Civil Veterinary Dept. Assam report 1927-50 - 1927-1950
Year: 1927
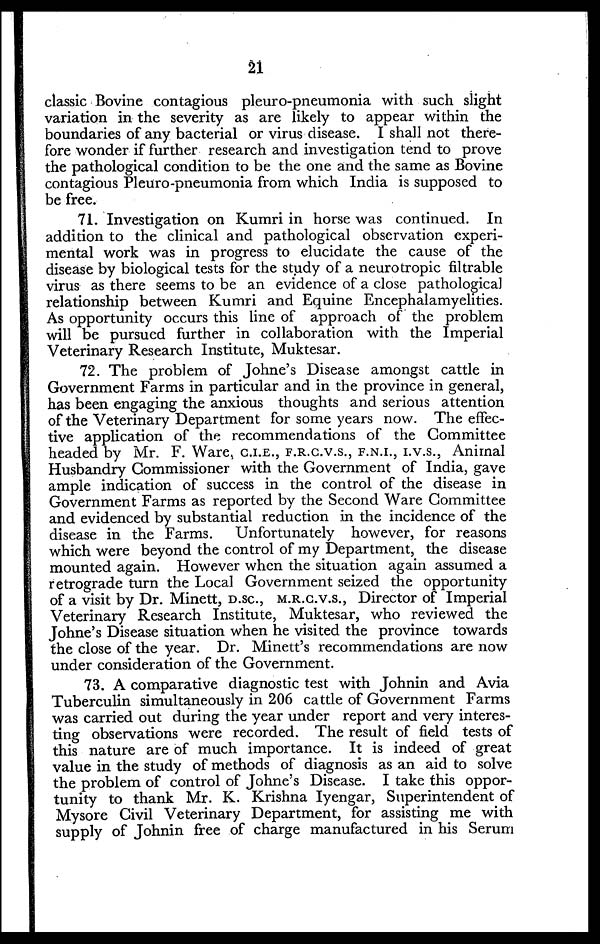
21
classic Bovine contagious pleuro-pneumonia with such slight
variation in the severity as are likely to appear within the
boundaries of any bacterial or virus disease. I shall not there-
fore wonder if further research and investigation tend to prove
the pathological condition to be the one and the same as Bovine
contagious Pleuro-pneumonia from which India is supposed to
be free.
71. Investigation on Kumri in horse was continued. In
addition to the clinical and pathological observation experi-
mental work was in progress to elucidate the cause of the
disease by biological tests for the study of a neurotropic filtrable
virus as there seems to be an evidence of a close pathological
relationship between Kumri and Equine Encephalamyelities.
As opportunity occurs this line of approach of the problem
will be pursued further in collaboration with the Imperial
Veterinary Research Institute, Muktesar.
72. The problem of Johne's Disease amongst cattle in
Government Farms in particular and in the province in general,
has been engaging the anxious thoughts and serious attention
of the Veterinary Department for some years now. The effec-
tive application of the recommendations of the Committee
headed by Mr. F. Ware, C.I.E., F.R.C.V.S., F.N.I., I.V.S., Animal
Husbandry Commissioner with the Government of India, gave
ample indication of success in the control of the disease in
Government Farms as reported by the Second Ware Committee
and evidenced by substantial reduction in the incidence of the
disease in the Farms. Unfortunately however, for reasons
which were beyond the control of my Department, the disease
mounted again. However when the situation again assumed a
retrograde turn the Local Government seized the opportunity
of a visit by Dr. Minett, D.Sc., M.R.C.V.S., Director of Imperial
Veterinary Research Institute, Muktesar, who reviewed the
Johne's Disease situation when he visited the province towards
the close of the year. Dr. Minett's recommendations are now
under consideration of the Government.
73. A comparative diagnostic test with Johnin and Avia
Tuberculin simultaneously in 206 cattle of Government Farms
was carried out during the year under report and very interes-
ting observations were recorded. The result of field tests of
this nature are of much importance. It is indeed of great
value in the study of methods of diagnosis as an aid to solve
the problem of control of Johne's Disease. I take this oppor-
tunity to thank Mr. K. Krishna Iyengar, Superintendent of
Mysore Civil Veterinary Department, for assisting me with
supply of Johnin free of charge manufactured in his Serum